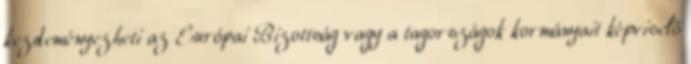
kezdeményezheti az Európai Bizottság vagy a tagországok kormányait képviselő